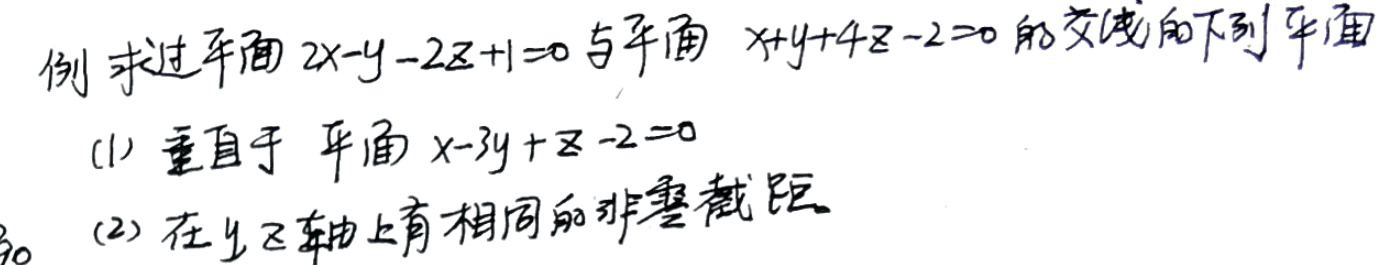
例 求过平面 \(2x - y - 2z + 1 = 0\) 与平面 \(x + y + 4z - 2 = 0\) 的交线的下列平面

(1) 垂直于 平面 \(x - 3y + z - 2 = 0\)

(2) 在\(z\)轴上有相同的非零截距